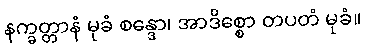
နက္ခတ္တာနံ မုခံ စန္ဒော၊ အာဒိစ္စော တပတံ မုခံ။